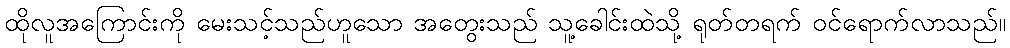
ထိုလူအကြောင်းကို မေးသင့်သည်ဟူသော အတွေးသည် သူ့ခေါင်းထဲသို့ ရုတ်တရက် ဝင်ရောက်လာသည်။